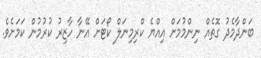
ބަންދާމެދު ގޮތެއް ނިންމުމަށް އިއްޔެ ކްރިމިނަލް ކޯޓަށް އޭނާ ހާޒިރު ކުރުުމުން ކަމަށެވެ.